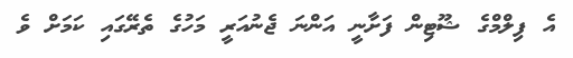
އެ ފިލްމްގެ ޝޫޓިން ފަށާނީ އަންނަ ޖެނުއަރީ މަހުގެ ތެރޭގައި ކަމަށް ވެ